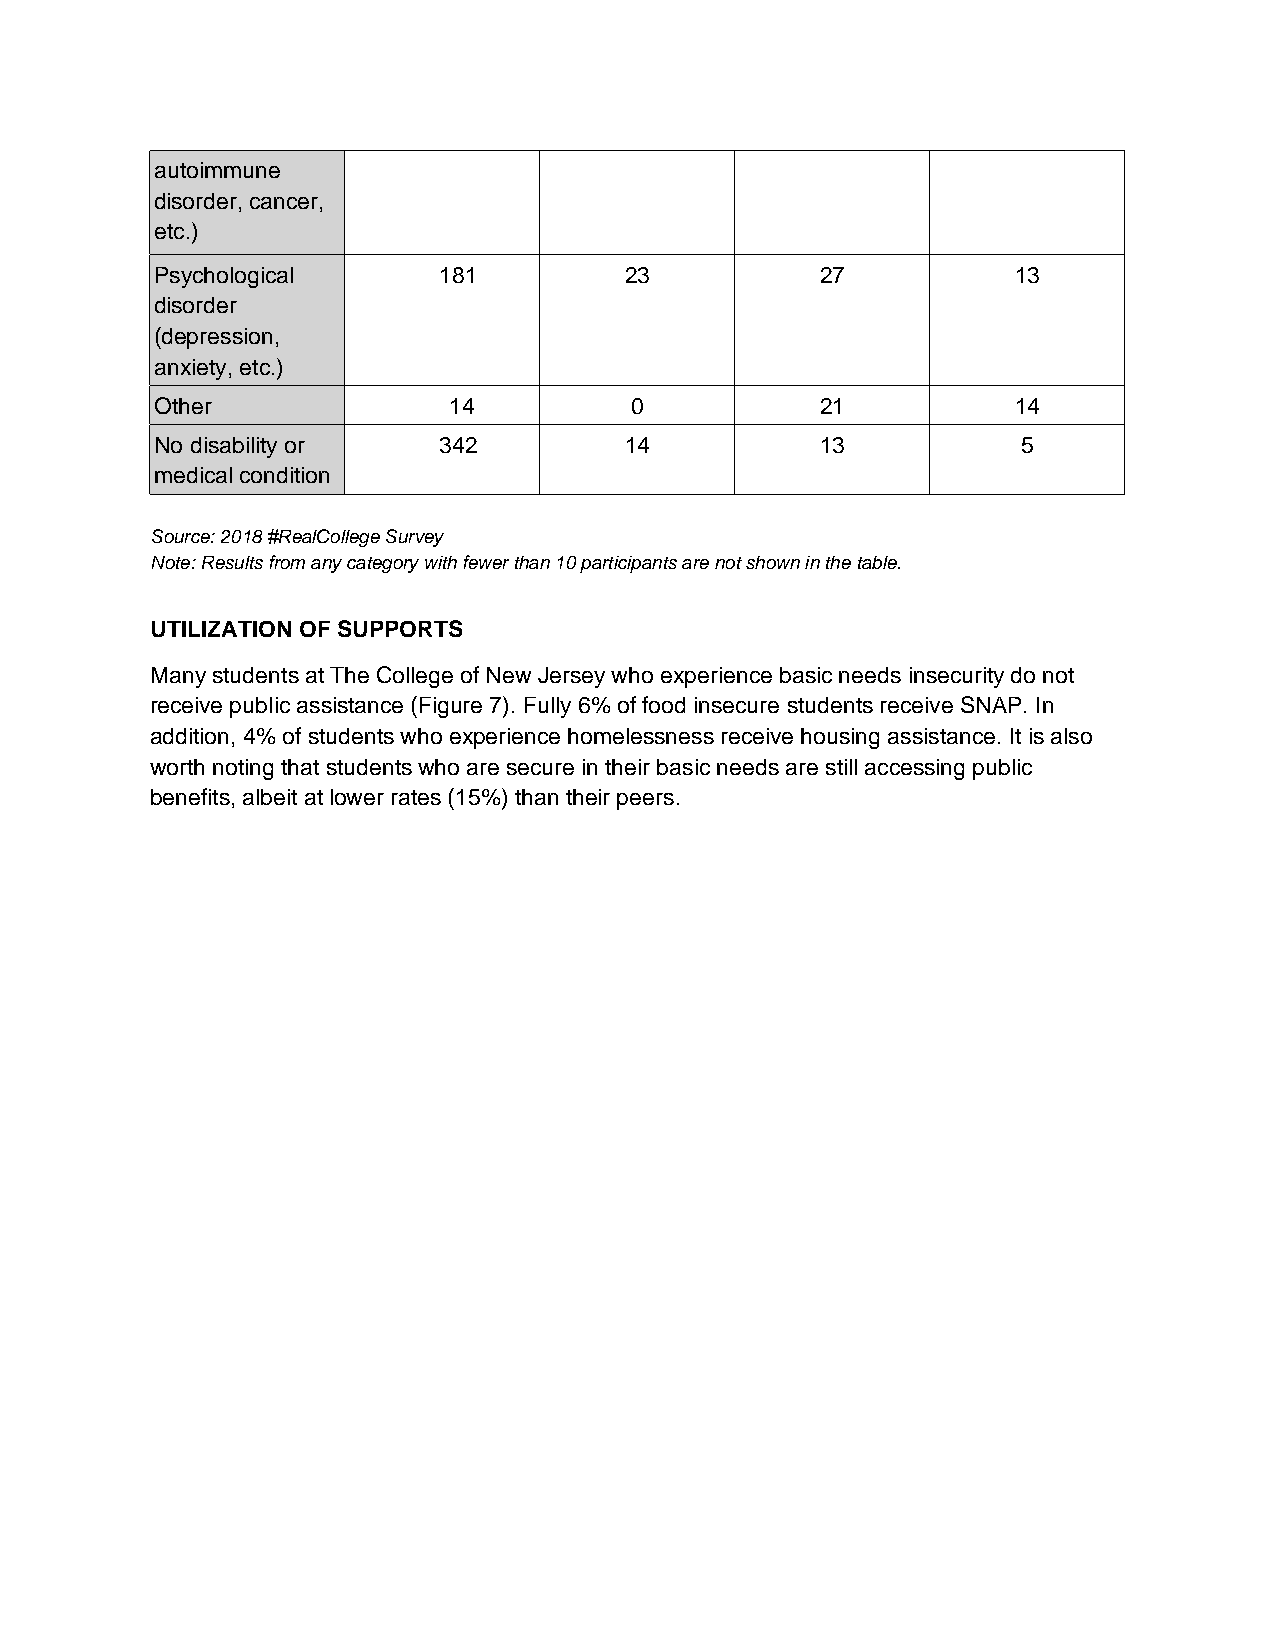
autoimmune
 disorder, cancer,
 etc.)
 Psychological      181         23           27           13
 disorder
 (depression,
 anxiety, etc.)
 Other               14          0           21           14
 No disability or   342         14           13            5
 medical condition
 Source: 2018 #RealCollege Survey
 Note: Results from any category with fewer than 10 participants are not shown in the table.
 UTILIZATION OF SUPPORTS
 Many students at The College of New Jersey who experience basic needs insecurity do not
 receive public assistance (Figure 7). Fully 6% of food insecure students receive SNAP. In
 addition, 4% of students who experience homelessness receive housing assistance. It is also
 worth noting that students who are secure in their basic needs are still accessing public
 benefits, albeit at lower rates (15%) than their peers.